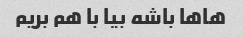
هاها باشه بیا با هم بریم